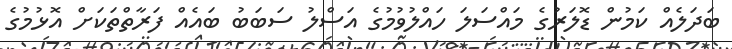
ބަދަލެއް ކަމުން ޑޮލަރުގެ މައްސަލަ ހައްލުވުމުގެ އަސްލު ސަބަބު ބައެއް ފަރާތްތަކަށް އޮޅުމުގެ